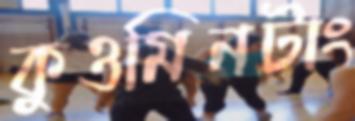
কুওমিনটাং